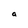
Character: a